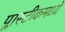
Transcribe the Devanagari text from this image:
प्लास्टीकमध्ये